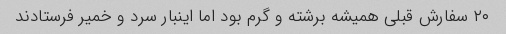
۲۰ سفارش قبلی همیشه برشته و گرم بود اما اینبار سرد و خمیر فرستادند